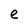
Character: e